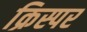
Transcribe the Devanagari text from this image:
क्रिस्पर